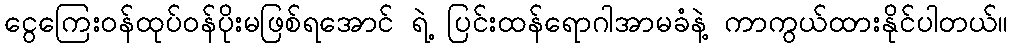
ငွေကြေးဝန်ထုပ်ဝန်ပိုးမဖြစ်ရအောင် ရဲ့ ပြင်းထန်ရောဂါအာမခံနဲ့ ကာကွယ်ထားနိုင်ပါတယ်။